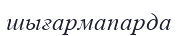
шығармапарда